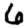
Digit: 6